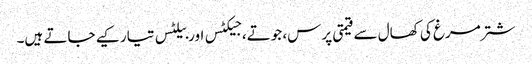
شتر مرغ کی کھال سے قیمتی پرس، جوتے، جیکٹس اور بیلٹس تیار کیے جاتے ہیں۔